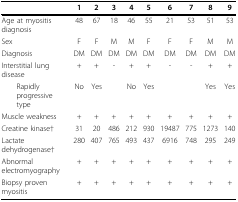
<table><thead><tr><td></td><td><b>1</b></td><td><b>2</b></td><td><b>3</b></td><td><b>4</b></td><td><b>5</b></td><td><b>6</b></td><td><b>7</b></td><td><b>8</b></td><td><b>9</b></td></tr></thead><tbody><tr><td>Age at myositis diagnosis</td><td>48</td><td>67</td><td>18</td><td>46</td><td>55</td><td>21</td><td>53</td><td>51</td><td>53</td></tr><tr><td>Sex</td><td>F</td><td>F</td><td>M</td><td>M</td><td>F</td><td>F</td><td>F</td><td>M</td><td>M</td></tr><tr><td>Diagnosis</td><td>DM</td><td>DM</td><td>DM</td><td>DM</td><td>DM</td><td>DM</td><td>DM</td><td>DM</td><td>DM</td></tr><tr><td>Interstitial lung disease</td><td>+</td><td>+</td><td>-</td><td>+</td><td>+</td><td>-</td><td>-</td><td>+</td><td>+</td></tr><tr><td> Rapidly progressive type</td><td>No</td><td>Yes</td><td></td><td>No</td><td>Yes</td><td></td><td></td><td>Yes</td><td>Yes</td></tr><tr><td>Muscle weakness</td><td>+</td><td>+</td><td>+</td><td>+</td><td>+</td><td>+</td><td>+</td><td>+</td><td>+</td></tr><tr><td>Creatine kinase†</td><td>31</td><td>20</td><td>486</td><td>212</td><td>930</td><td>19487</td><td>775</td><td>1273</td><td>140</td></tr><tr><td>Lactate dehydrogenase†</td><td>280</td><td>407</td><td>765</td><td>493</td><td>437</td><td>6916</td><td>748</td><td>295</td><td>249</td></tr><tr><td>Abnormal electromyography</td><td>+</td><td>+</td><td>+</td><td>+</td><td>+</td><td>+</td><td>+</td><td>+</td><td>+</td></tr><tr><td>Biopsy proven myositis</td><td>+</td><td>+</td><td>+</td><td>+</td><td>+</td><td>+</td><td>+</td><td>+</td><td>+</td></tr></tbody></table>